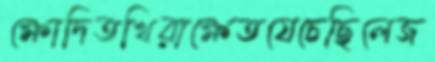
ক্ষোদিতখিরাক্ষেতযেচেছিলেজ